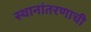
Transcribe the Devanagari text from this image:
स्थानांतरणाची